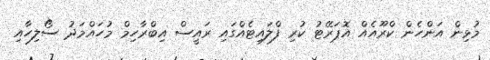
މުޅިން އަންހެން ކްރޫއެއް އޮޕަރޭޓު ކުރި ފްލައިޓެއްގައި ރައީސް އިބްރާހިމް މުހައްމަދު ސޯލިހާއި